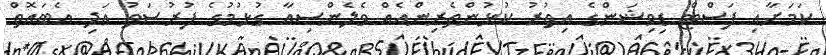
ކަމަށާއި ފަސްޓް ޑިވިޝަންގެ އިތުރު ކުޅުންތެރިންއެއް ވެލެންސިއާ ގުޅުމުގެ ފުރުސަތު އަދި އެބައޮތް